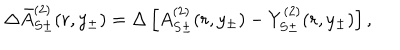
LaTeX: { \Delta } \bar { A } _ { S \pm } ^ { ( 2 ) } ( r , y _ { \pm } ) = { \Delta } \left[ A _ { S \pm } ^ { ( 2 ) } ( r , y _ { \pm } ) - Y _ { S \pm } ^ { ( 2 ) } ( r , y _ { \pm } ) \right] ,